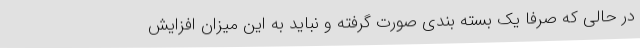
در حالی که صرفا یک بسته بندی صورت گرفته و نباید به این میزان افزایش